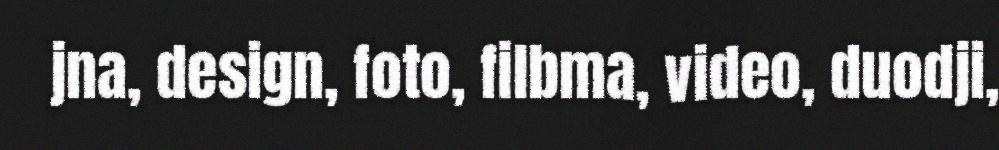
jna, design, foto, filbma, video, duodji,